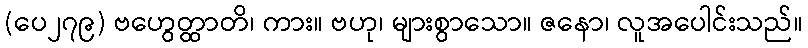
(ပေ၂၇၉) ဗဟွေတ္ထာတိ၊ ကား။ ဗဟု၊ များစွာသော။ ဇနော၊ လူအပေါင်းသည်။